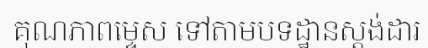
គុណភាពម្ទេស ទៅតាមបទដ្ឋានស្តង់ដារ